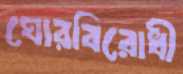
ঘোরবিরোধী